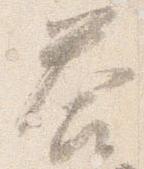
答